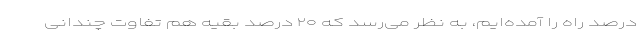
درصد راه را آمده‌ایم، به نظر می‌رسد که ۲۰ درصد بقیه هم تفاوت چندانی